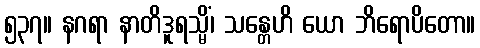
၅၃၇။ နဂရာ နာတိဒူရသ္မိံ၊ သန္တေဟိ ယော ဘိရောပိတော။